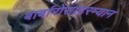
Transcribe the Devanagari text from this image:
बार्बारोसादरम्यान